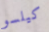
كيلسو